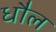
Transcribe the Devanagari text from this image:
धौल